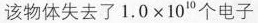
该物体失去了$$1 . 0 \times 1 0 ^ { 1 0 }$$个电子